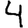
Digit: 4